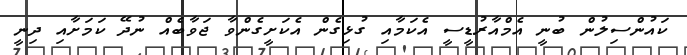
ކައުންސިލުން ބުނީ އެމްއާރުޑީސީ އެކަމާއި ގުޅިގެން އެކަށީގެންވާ ޖަވާބެއް ނުދޭ ކަމަށާއި ދިނީ